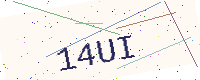
Text: 14UI